Indian journal of veterinary science and animal husbandry - Volumes 18-21, 1948-1951
Year: 1948
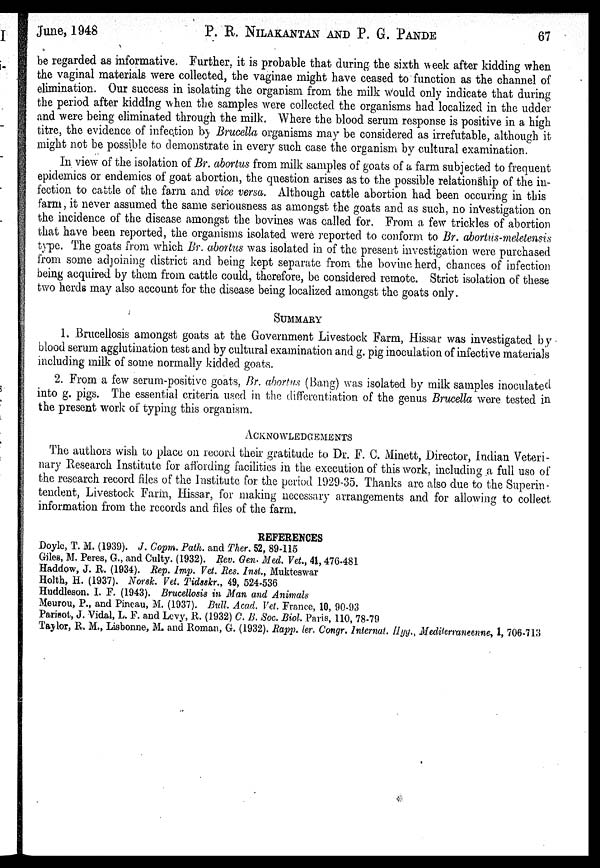
June, 1948
P. R. NILAKANTAN AND P. G.
PANDE
67
be regarded as informative. Further, it is probable that during the sixth week after kidding when
the vaginal materials were collected, the vaginae might have ceased to function as the channel of
elimination. Our success in isolating the organism from the milk would only indicate that during
the period after kidding when the samples were collected the organisms had localized in the udder
and were being eliminated through the milk. Where the blood serum response is positive in a high
titre, the evidence of infection by Brucella organisms may be considered as irrefutable, although it
might not be possible to demonstrate in every such case the organism by cultural examination.
In view of the isolation of Br. abortus from milk samples of goats of a farm subjected to frequent
epidemics or endemics of goat abortion, the question arises as to the possible relationship of the in-
fection to cattle of the farm and vice versa. Although cattle abortion had been occuring in this
farm, it never assumed the same seriousness as amongst the goats and as such, no investigation on
the incidence of the disease amongst the bovines was called for. From a few trickles of abortion
that have been reported, the organisms isolated were reported to conform to Br. abortus-meletensis
type. The goats from which Br. abortus was isolated in of the present investigation were purchased
from some adjoining district and being kept separate from the bovine herd, chances of infection
being acquired by them from cattle could, therefore, be considered remote. Strict isolation of these
two herds may also account for the disease being localized amongst the goats only.
SUMMARY
1. Brucellosis amongst goats at the Government Livestock Farm, Hissar was investigated by
blood serum agglutination test and by cultural examination and g. pig inoculation of infective materials
including milk of some normally kidded goats.
2. From a few serum-positive goats, Br. abortus (Bang) was isolated by milk samples inoculated
into g. pigs. The essential criteria used in the differentiation of the genus Brucella were tested in
the present work of typing this organism.
ACKOWLEDGEMENTS
The authors wish to place on record their gratitude to Dr. F. C. Minett, Director, Indian Veteri-
nary Research Institute for affording facilities in the execution of this work, including a full uso of
the research record files of the Institute for the period 1929-35. Thanks are also due to the Superin-
tendent, Livestock Farm, Hissar, for making necessary arrangements and for allowing to collect
information from the records and files of the farm.
REFERENCES
Doyle, T. M. (1939). J. Copm. Path. and Ther. 52, 89-115
Giles, M. Peres, G., and Culty. (1932). Rev. Gen. Med. Vet., 41, 476-481
Haddow, J. R. (1934). Rep. Imp. Vet.. Res. Inst., Mukteswar
Holth, H. (1937). Norsk. Vet. Tidsskr., 49, 524-536
Huddleson. I. F. (1943). Brucellosis in Man and Animals
Meurou, P., and Pincau, M. (1937). Bull. Acad. Vet. France, 10, 90-93
Parisot, J. Vidal, L. F. and Levy, R. (1932) C. B. Soc. Biol. Paris, 110, 78-79
Taylor, R. M., Lisbonne, M. and Roman, G. (1932). Rapp. ler. Congr. Internal. Hyy., Mediterraneenne, 1, 706-713